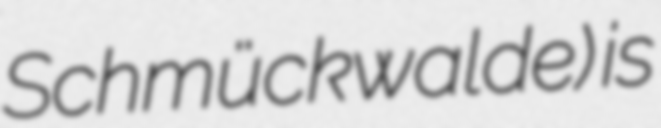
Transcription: Schmückwalde) is